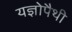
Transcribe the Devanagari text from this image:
यज्ञोपैथी